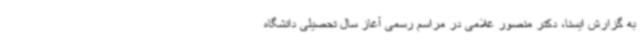
به گزارش ایسنا، دکتر منصور غلامی در مراسم رسمی آغاز سال تحصیلی دانشگاه